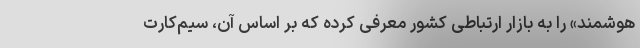
هوشمند» را به بازار ارتباطی کشور معرفی کرده که بر اساس آن، سیم‌کارت